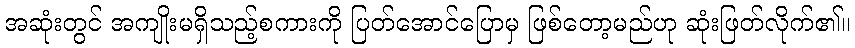
အဆုံးတွင် အကျိုးမရှိသည့်စကားကို ပြတ်အောင်ပြောမှ ဖြစ်တော့မည်ဟု ဆုံးဖြတ်လိုက်၏။